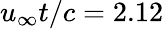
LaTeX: u_{\infty}t/c=2.12